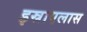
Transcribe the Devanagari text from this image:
इस्राएलास